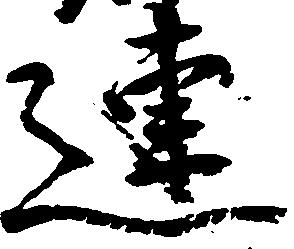
連